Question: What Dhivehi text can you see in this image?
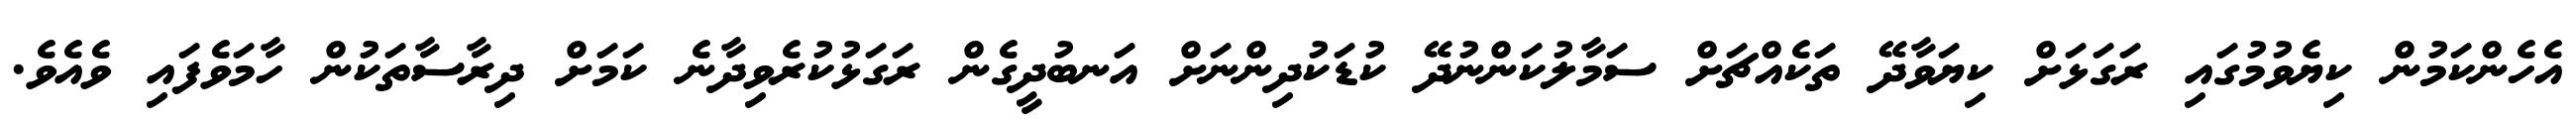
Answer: އެހެންކަމުން ކިޔެވުމުގައި ރަގަޅަށް ކިޔަވާދޭ ތަކެއްޗަށް ސަމާލުކަންނުދޭ ކުޑަކުދިންނަށް އަނބުދީގެން ރަގަޅުކުރެވިދާނެ ކަމަށް ދިރާސާތަކުން ހާމަވެފައި ވެއެވެ.